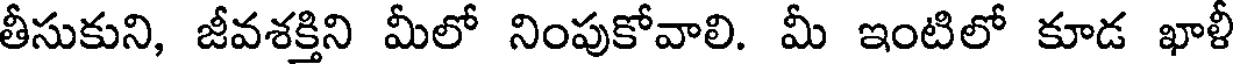
తీసుకుని, జీవశక్తిని మీలో నింపుకోవాలి. మీ ఇంటిలో కూడ ఖాళీ